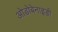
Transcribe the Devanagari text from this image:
ओडोबेनाइडी